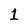
Character: 1